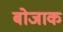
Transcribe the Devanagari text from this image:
बोजाक